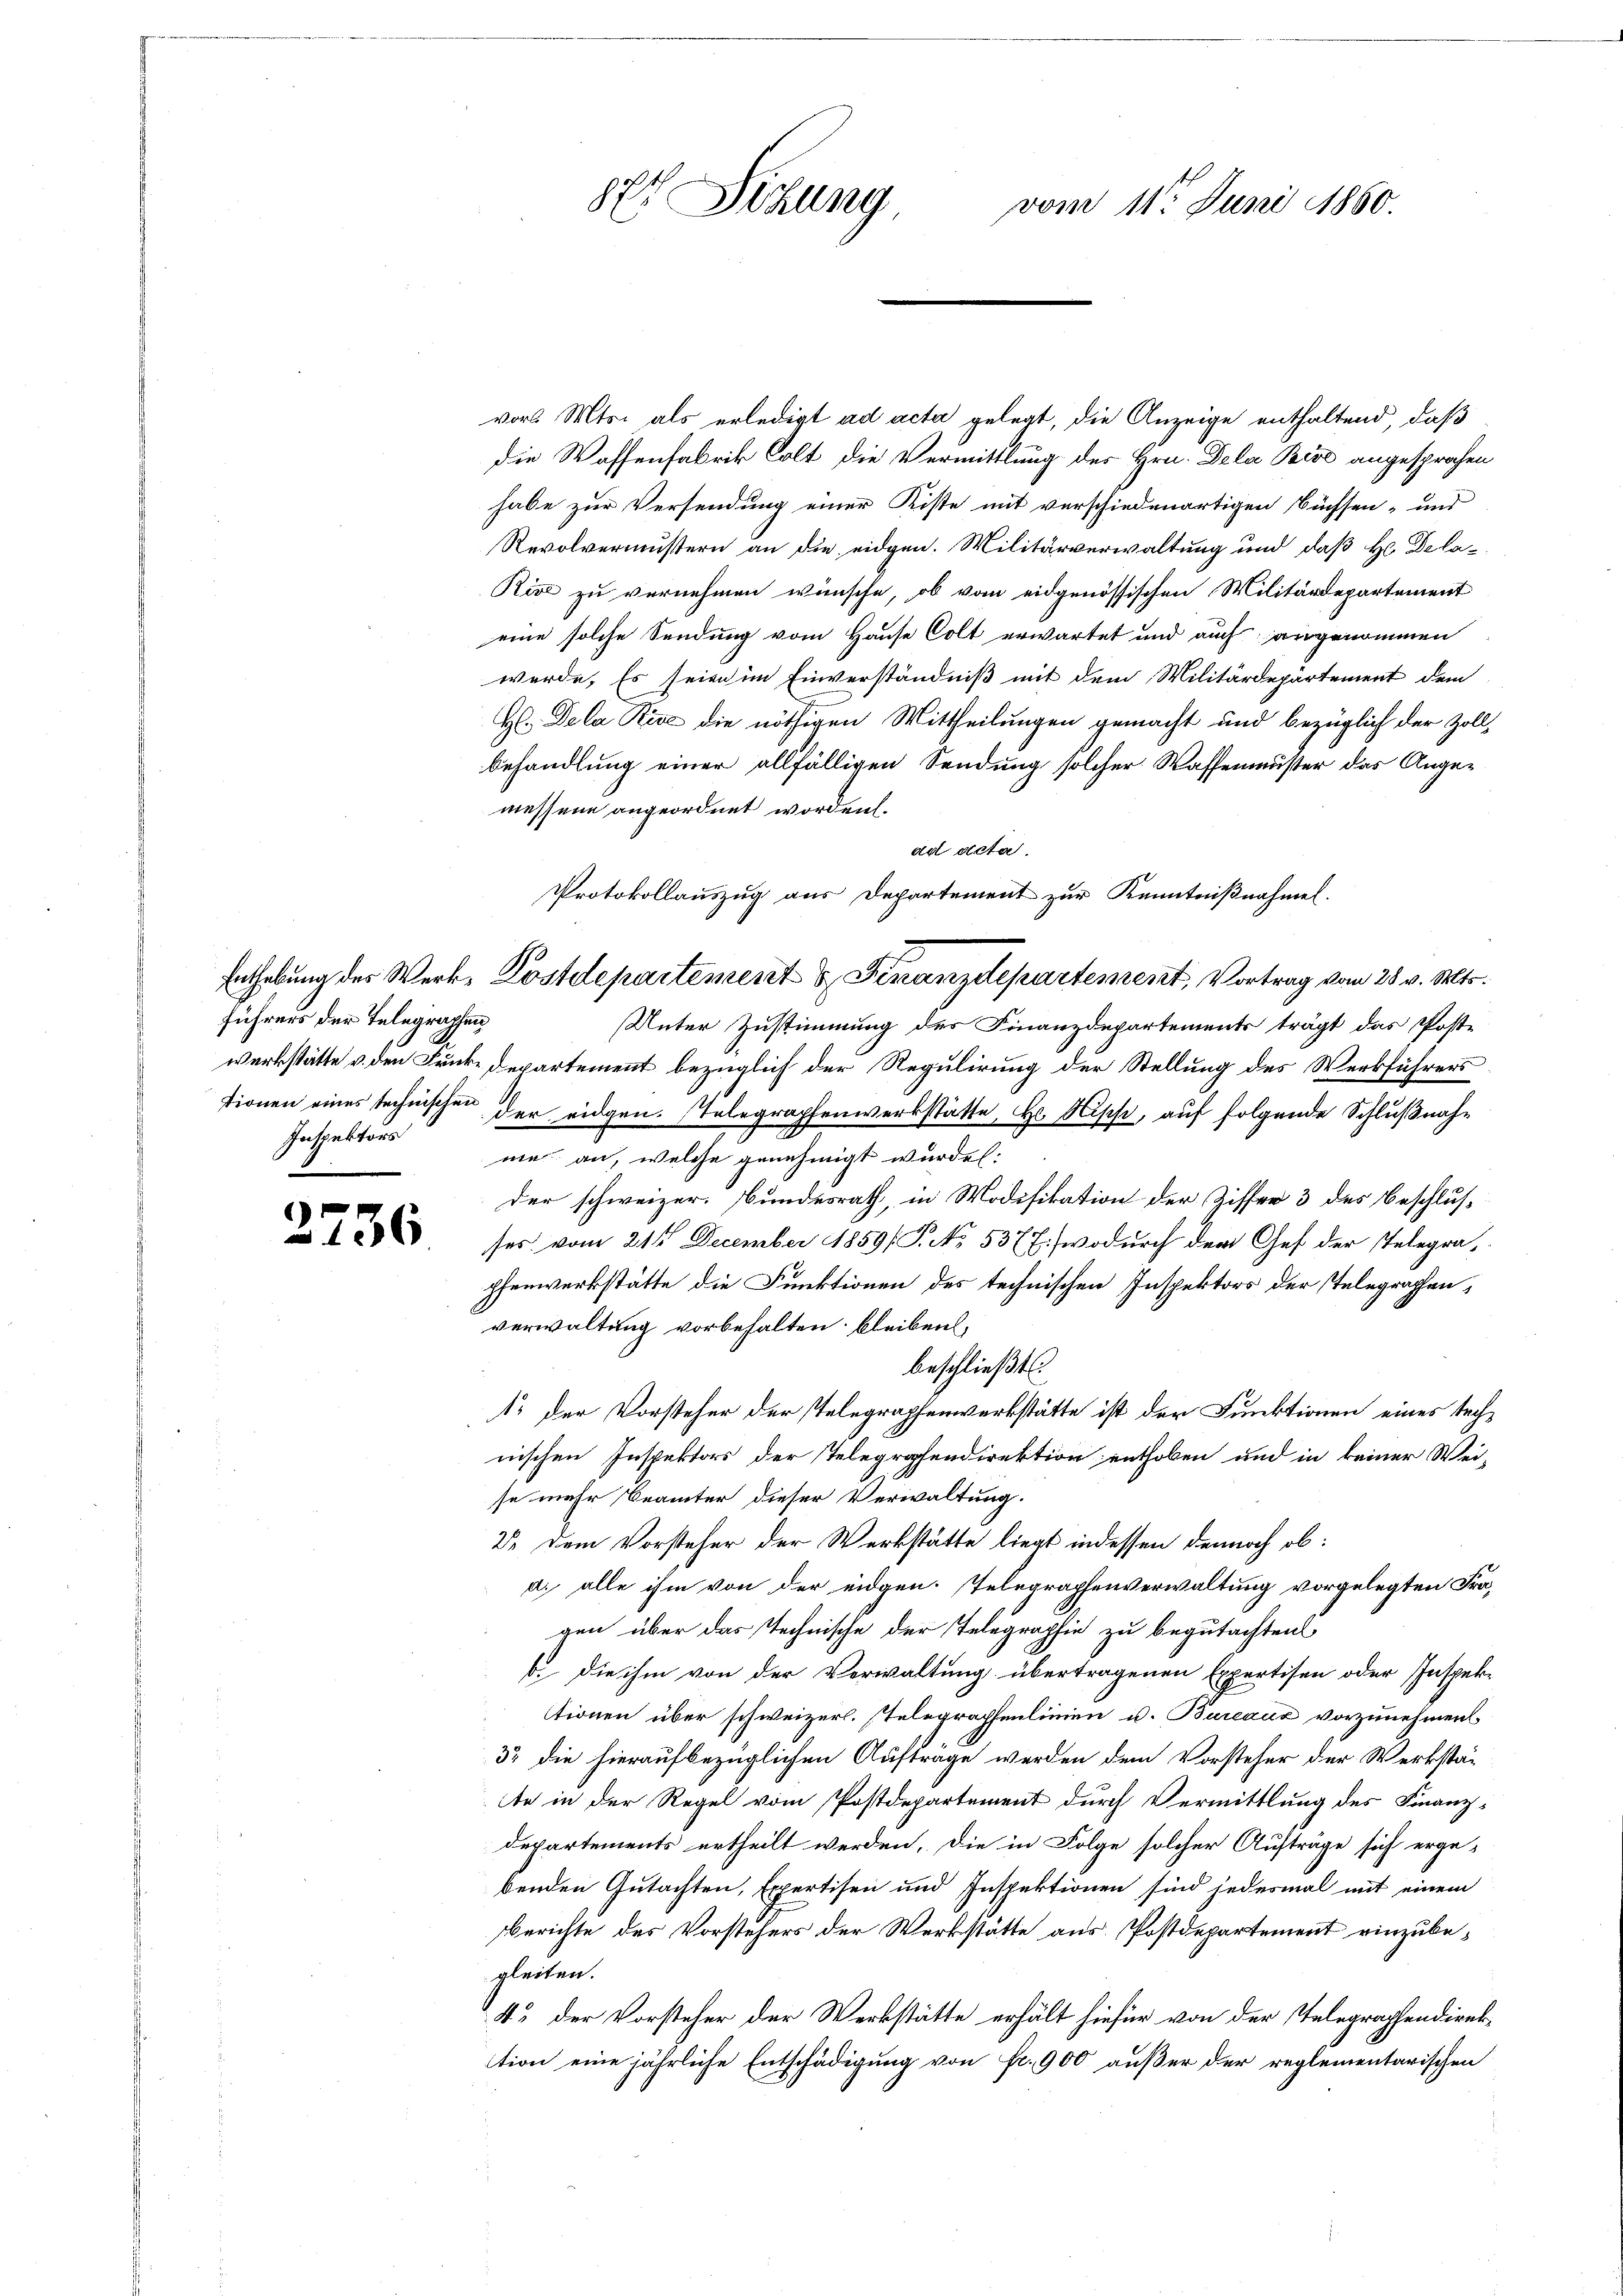
führers der Telegraphen
Inspektors

1
12 x

82 Setzung
vom 11ten Juni 1860.

vor. Mts. als erledigt ad acta gelegt, die Anzeige enthaltend, daß
die Waffenfabrik holt die Vermittlung des Hrn. Dela Bise angesprochen
habe zur Versendung einer Kiste mit verschiedenartigen Büchsen- und
Revolvermustern an die eidgen. Militärverwaltung und daß Hr. Dela¬
Rive zu vernehmen wünsche, ob vom eidgenössischen Militärdepartement
eine solche Sendung vom Hause Colt erwartet und auch angenommen
werde. Es seien im Einverständniß mit dem Militärdepartement dem
H. Dela Bise die nöthigen Mittheilungen gemacht und bezüglich der Zoll
behandlung einer allfälligen Sendung solcher Waffenmuster das Angemessene angeordnet worden.
ad acta.
Unter Zustimmung der Finanzdepartements trägt das Poste
werkstätte v. den Druke Departement bezüglich der Regulirung der Stellung des Werkführers
tionen eines technischen der eidgen. Telegraphenwerkstätte, H. Nische, auf folgende Schlußnahme an, welche genehmigt wurden.
der schweizer. Bundesrath, in Modifikation der Riffer 3 des Beschlusses vom 21t December 1859/ P. No. 5377. wodurch dem Chef der Telegrapferwerkstätte die Funktionen des technischen Inspektors der Telegraphen,
verwaltung vorbehalten bleiben,
beschließt:
1. der Vorsteher der Telegraphenwerkstätte ist der Funktionen eines technischen Inspektors der Telegraphendirektion enthoben und in keiner Wei-
se mehr Beamter dieser Verwaltung.
22 dem Vorsteher der Werkstätte liegt indessen dennoch ob:
d. alle ihm von der eidgen. Telegraphenverwaltung vorgelegten Fragen über das Technische der Telegraphie zu begutachten
b. die ihm von der Verwaltung übertragenen Expertisen oder Inspektionen über schweizerl. Telegraphenlinien u. Bureaux vorzunehmen
32 die hieraufbezüglichen Aufträge werden dem Vorsteher der Werkstäte in der Regel vom Postdepartement durch Vermittlung des Finanz-
departements ertheilt werden. Die in Folge solcher Aufträge sich erge-
benden Gutachten, Expertisen und Inspektionen sind jedesmal mit einem
Berichte des Vorstehers der Werkstätte aus Postdepartement einzubegleiten.
K. der Vorsteher der Werkstätte erhält hiefür von der Telegraphendirektion eine jährliche Entschädigung von fr. 900 außer der reglementarischen

Protokollauszug aus Departement zur Kenntnißnahmen.
Enthebung des Werk, Kostdepartement & Finanzdepartement, Vortrag vom 28 v. Mts.